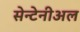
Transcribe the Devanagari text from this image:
सेन्टेनीअल